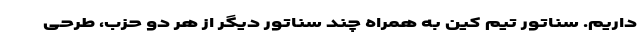
داریم. سناتور تیم کین به همراه چند سناتور دیگر از هر دو حزب، طرحی